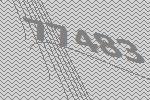
77483